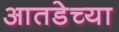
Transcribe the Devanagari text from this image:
आतडेच्या